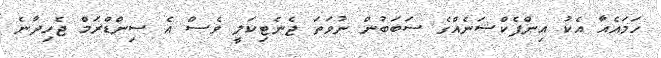
ހަމައެއާ އެކު އިންފެކްޝަނެއްގެ ސަބަބުން ނުވަތަ ޖެނެޓިކަލީ ވެސް އެ ސިންޑްރަމް ޖެހިދާނެ